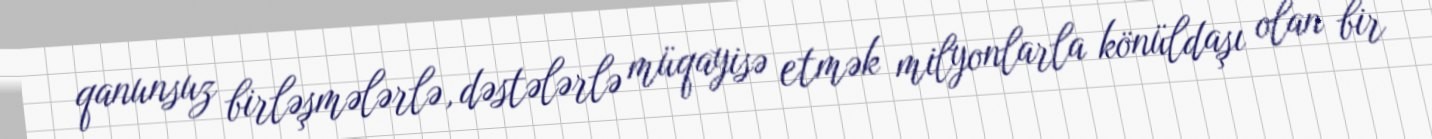
qanunsuz birləşmələrlə, dəstələrlə müqayisə etmək milyonlarla könüldaşı olan bir